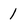
Character: 1